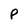
Character: P